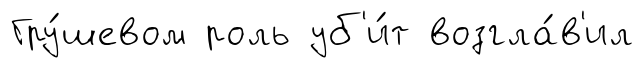
Гру́шевом роль уб'и́т возгла́в'ил